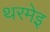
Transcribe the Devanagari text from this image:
थरमेइ